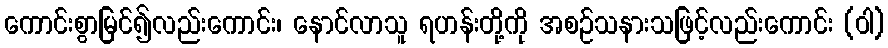
ကောင်းစွာမြင်၍လည်းကောင်း၊ နောင်လာသူ ရဟန်းတို့ကို အစဉ်သနားသဖြင့်လည်းကောင်း (ဝါ)